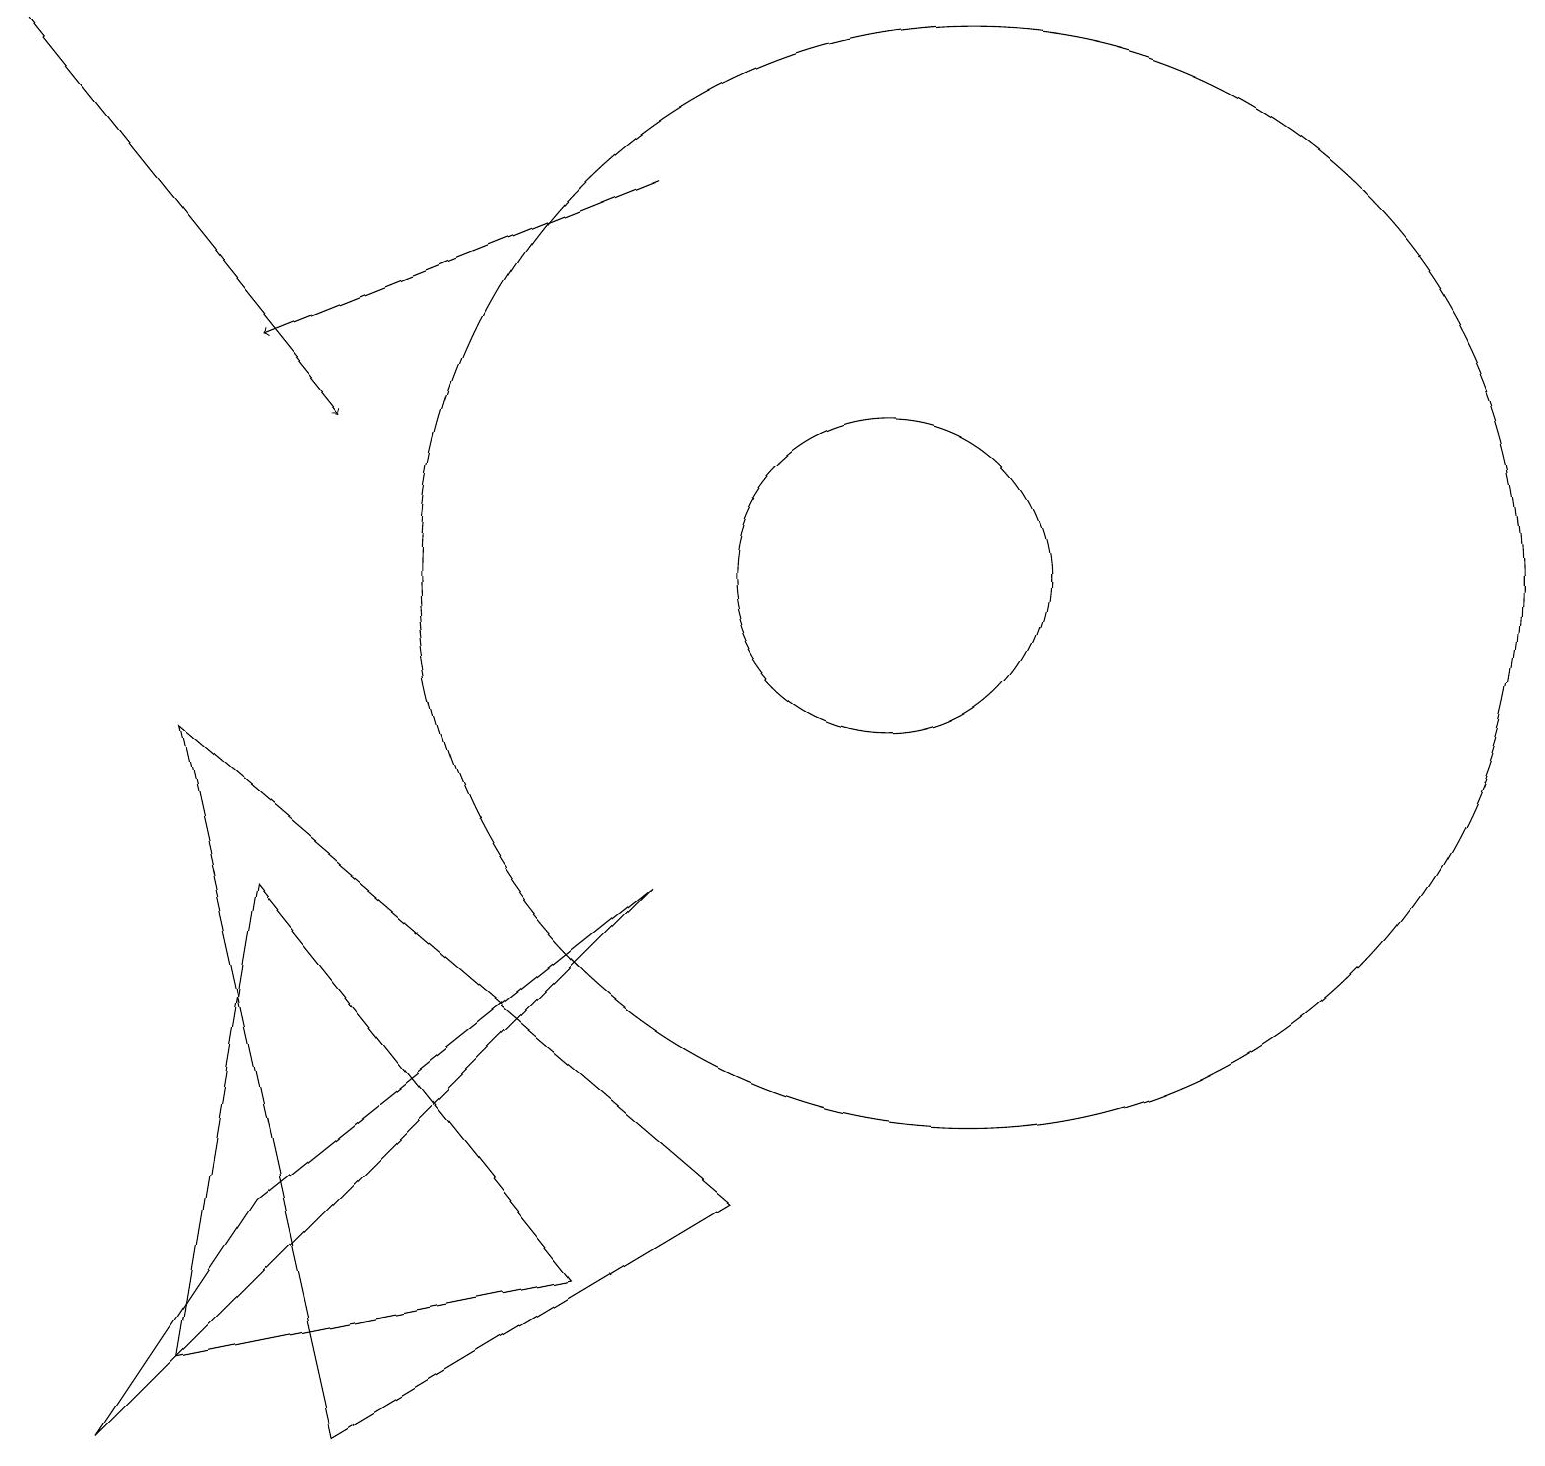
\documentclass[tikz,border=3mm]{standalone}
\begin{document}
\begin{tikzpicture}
\draw[->] (8,16) -- (3,14);
\draw (3,3) -- (1,0) -- (8,7) -- cycle;
\draw (2,1) -- (3,7) -- (7,2) -- cycle;
\draw[->] (0,18) -- (4,13);
\draw (2,9) -- (4,0) -- (9,3) -- cycle;
\draw (12,11) circle (7);
\draw (11,11) circle (2);
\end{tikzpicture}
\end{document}